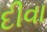
દીવા